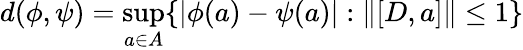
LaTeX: d(\phi,\psi)=\operatorname*{sup}_{a\in A}\{ |\phi(a)-\psi(a)|:\| [D,a]\| \le 1\}